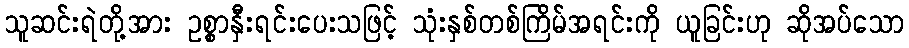
သူဆင်းရဲတို့အား ဥစ္စာနှီးရင်းပေးသဖြင့် သုံးနှစ်တစ်ကြိမ်အရင်းကို ယူခြင်းဟု ဆိုအပ်သော